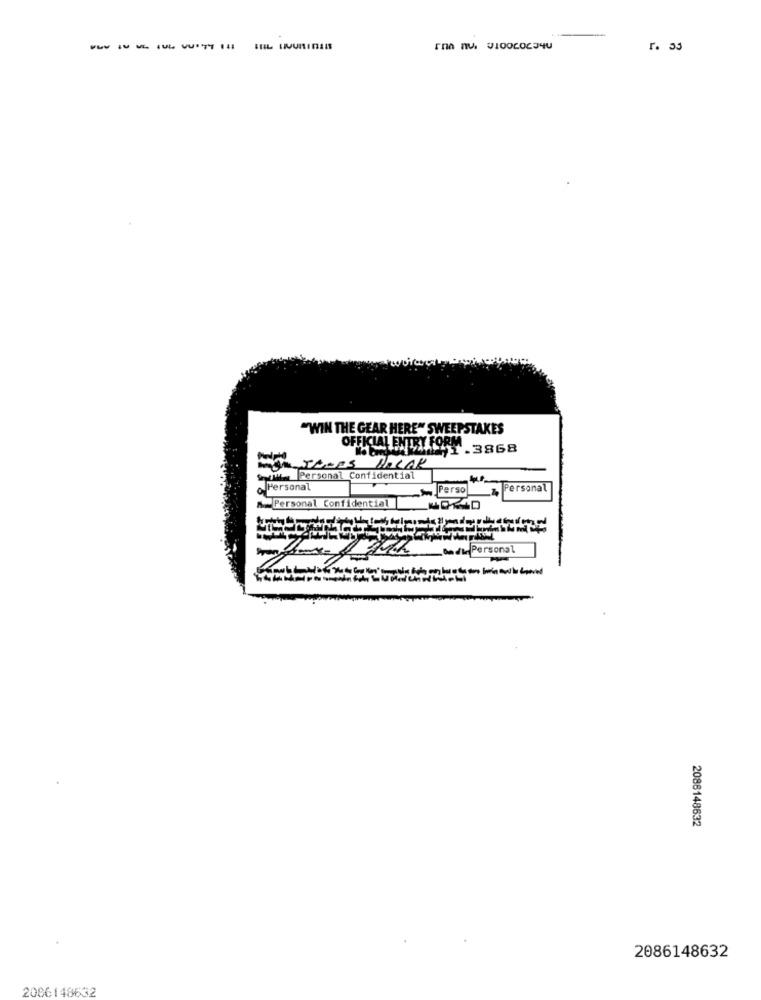
r. 33
"WIN THE GEAR HERE" SWEEPSTAKES
MAL ENTRY FORM.
1.3868
MONTONES POCAK
wwwww __ Personal Confidential
Personal
Perso
ersonal
Personal Confidential
Theme gatthan die Personal
2086148632
2086148632
2086148632